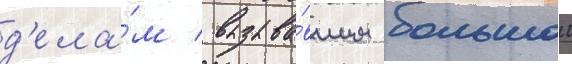
д'ела́м / вызыва́вшим большои